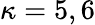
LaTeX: \kappa=5,6